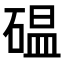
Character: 𥔋